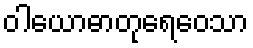
ဝါယောဓာတုရေဝေသာ